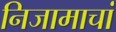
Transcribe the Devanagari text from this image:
निजामाचां